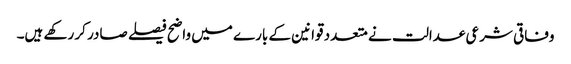
وفاقی شرعی عدالت نے متعدد قوانین کے بارے میں واضح فیصلے صادر کر رکھے ہیں۔